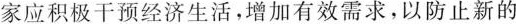
家应积极干预经济生活，增加有效需求，以防止新的